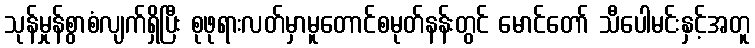
သုန်မှုန်စွာစံလျက်ရှိပြီး စုဖုရားလတ်မှာမူတောင်စမုတ်နန်းတွင် မောင်တော် သီပေါမင်းနှင့်အတူ